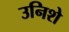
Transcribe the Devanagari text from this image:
उनिशे